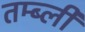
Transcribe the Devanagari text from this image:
तम्ब्ली